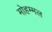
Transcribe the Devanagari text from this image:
मोहम्मल